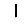
Digit: 1